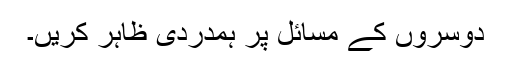
دوسروں کے مسائل پر ہمدردی ظاہر کریں۔